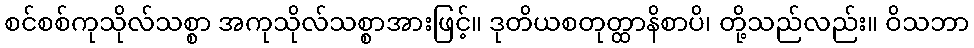
စင်စစ်ကုသိုလ်သစ္စာ အကုသိုလ်သစ္စာအားဖြင့်။ ဒုတိယစတုတ္ထာနိစာပိ၊ တို့သည်လည်း။ ဝိသဘာ